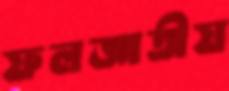
ফলজাতীয়